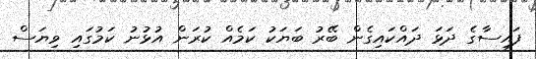
ފައިސާގެ ދަޅަ ދައްކައިގެން ބޭރު ބަޔަކު ކަމެއް ކުރަން އުޅުނު ކަމުގައި ވިޔަސް